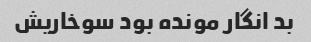
بد انگار مونده بود سوخاریش